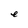
Character: e